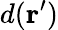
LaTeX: d(\textbf{r}^{\prime})